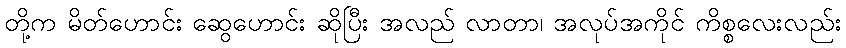
တို့က မိတ်ဟောင်း ဆွေဟောင်း ဆိုပြီး အလည် လာတာ၊ အလုပ်အကိုင် ကိစ္စလေးလည်း